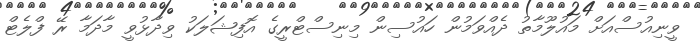
ވީނިއުސްއަށް މައުލޫމާތު ދެއްވަމުން ހައުސިން މިނިސްޓްރީގެ އޮފިޝަލަކު ވިދާޅުވީ މާދަމާ ރޭ ފްލެޓް